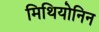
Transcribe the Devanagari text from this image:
मिथियोनिन